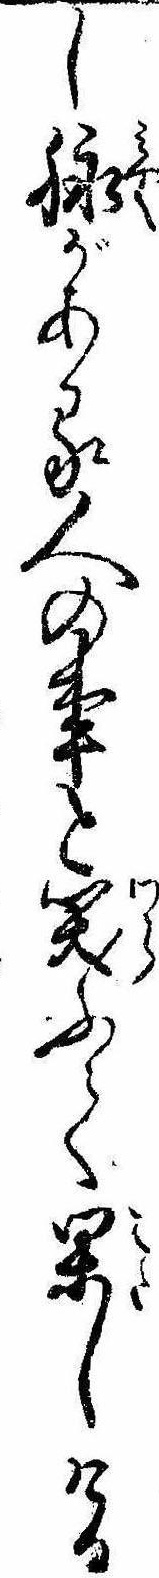
し脈がある人の事と笑ふて果しける